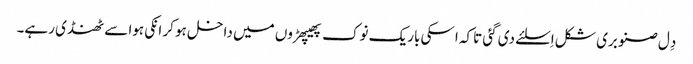
دِل صنوبری شکل اِسلئے دی گئی تاکہ اسکی باریک نوک پھیپھڑوں میں داخل ہو کر انکی ہوا سے ٹھنڈی رہے۔